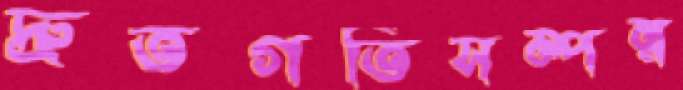
দ্রুতগতিসম্পন্ন